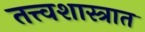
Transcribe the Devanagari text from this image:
तत्त्वशास्त्रात